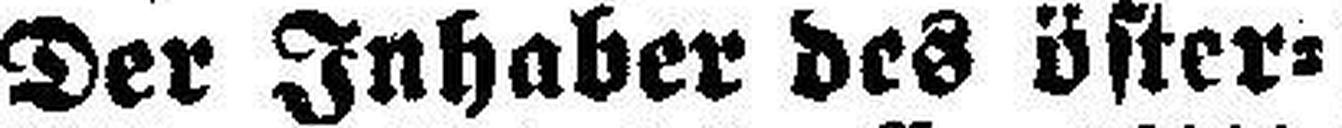
Der Inhaber des öster¬